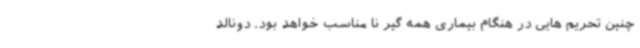
چنین تحریم هایی در هنگام بیماری همه گیر نا مناسب خواهد بود. دونالد